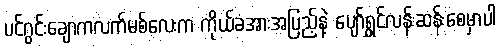
ပင်ဂွင်းချောကလက်မစ်လေးက ကိုယ်ခံအားအပြည့်နဲ့ ပျော်ရွှင်လန်းဆန်းစေမှာပါ